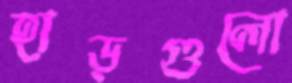
হাড়গুলো